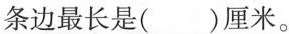
条边最长是()厘米。